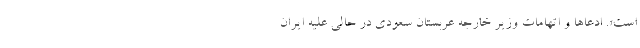
است». ادعا‌ها و اتهامات وزیر خارجه عربستان سعودی در حالی علیه ایران